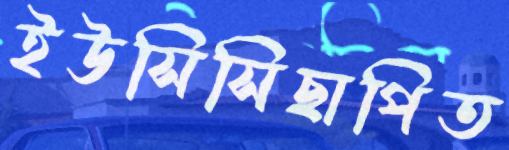
ইউসিসিছাপিত